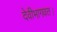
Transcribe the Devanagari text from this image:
देवीभागवत।